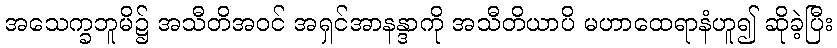
အသေက္ခဘူမိ၌ အသီတိအဝင် အရှင်အာနန္ဒာကို အသီတိယာပိ မဟာထေရာနံဟူ၍ ဆိုခဲ့ပြီး